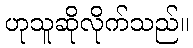
ဟုသူဆိုလိုက်သည်။